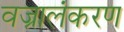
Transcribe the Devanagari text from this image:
वज्रालंकरण